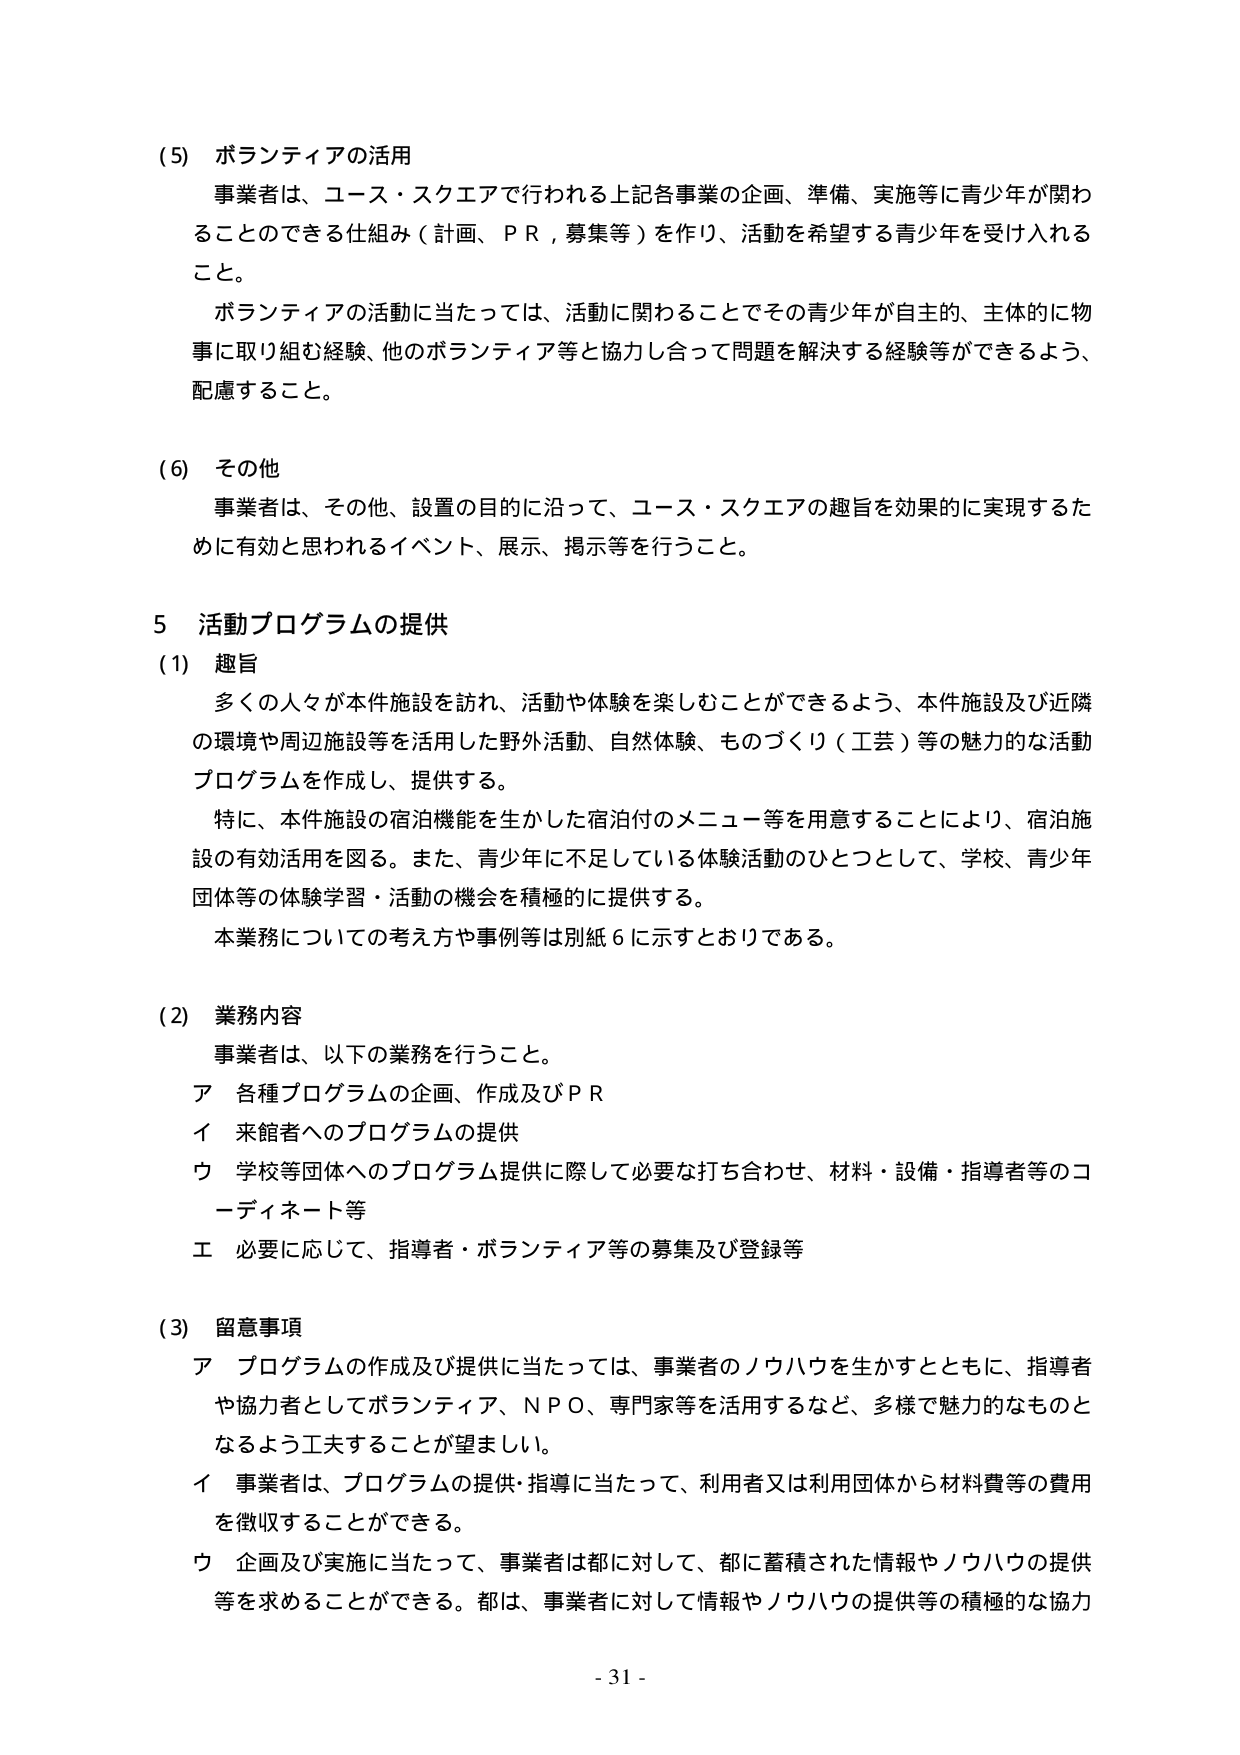
(5) ボランティアの活用
事業者は、コース・スクエアで行われる上記各事業の企画、準備、実施等に青少年が関わることのできる仕組み（計画、ＰＲ，募集等）を作り、活動を希望する青少年を受け入れること。
ボランティアの活動に当たっては、活動に関わることでその青少年が自主的、主体的に物事に取り組む経験、他のボランティア等と協力し合って問題を解決する経験等ができるよう、配慮すること。

(6) その他
事業者は、その他、設置の目的に沿って、コース・スクエアの趣旨を効果的に実現するために有効と思われるイベント、展示、掲示等を行うこと。

5 活動プログラムの提供
(1) 趣旨
多くの人々が本件施設を訪れ、活動や体験を楽しむことができるよう、本件施設及び近隣の環境や周辺施設等を活用した野外活動、自然体験、ものづくり（工芸）等の魅力的な活動プログラムを作成し、提供する。
特に、本件施設の宿泊機能を生かした宿泊付のメニュー等を用意することにより、宿泊施設の有効活用を図る。また、青少年に不足している体験活動のひとつとして、学校、青少年団体等の体験学習・活動の機会を積極的に提供する。
本業務についての考え方や事例等は別紙６に示すとおりである。

(2) 業務内容
事業者は、以下の業務を行うこと。
ア 各種プログラムの企画、作成及びＰＲ
イ 来館者へのプログラムの提供
ウ 学校等団体へのプログラム提供に際して必要な打ち合わせ、材料・設備・指導者等のコーディネート等
エ 必要に応じて、指導者・ボランティア等の募集及び登録等

(3) 留意事項
ア プログラムの作成及び提供に当たっては、事業者のノウハウを生かすとともに、指導者や協力者としてボランティア、ＮＰＯ、専門家等を活用するなど、多様で魅力的なものとなるよう工夫することが望ましい。
イ 事業者は、プログラムの提供・指導に当たって、利用者又は利用団体から材料費等の費用を徴収することができる。
ウ 企画及び実施に当たって、事業者は都に対して、都に蓄積された情報やノウハウの提供等を求めることができる。都は、事業者に対して情報やノウハウの提供等の積極的な協力

- 31 -